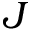
J